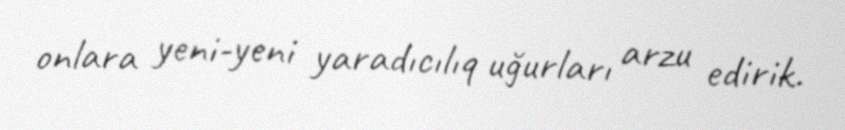
onlara yeni-yeni yaradıcılıq uğurları arzu edirik.